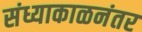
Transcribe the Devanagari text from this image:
संध्याकाळनंतर